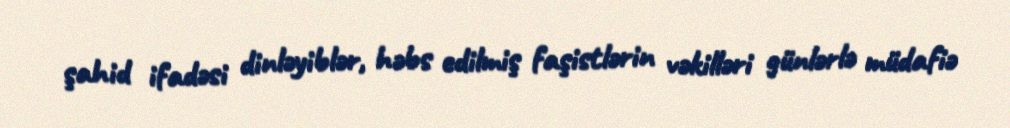
şahid ifadəsi dinləyiblər, həbs edilmiş faşistlərin vəkilləri günlərlə müdafiə